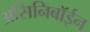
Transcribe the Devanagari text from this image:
असिनिबॉईन